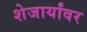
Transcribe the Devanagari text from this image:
शेजार्यांवर